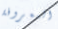
المعروفة